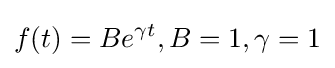
f(t)=Be^{\gamma t},B=1,\gamma =1